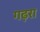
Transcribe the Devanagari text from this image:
गढ़रा